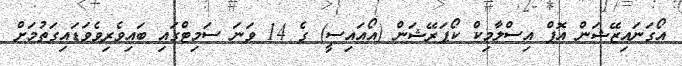
އޯގަނައިޒޭޝަން އޮފް އިސްލާމިކް ކޯޕަރޭޝަން (އޯއައިސީ) ގެ 14 ވަނަ ސަމިޓްގައި ބައިވެރިވެވަޑައިގަތުމަށް